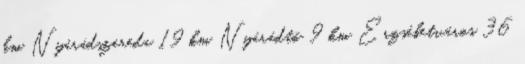
km Nyárádszereda 19 km Nyárádtő 9 km Erzsébetváros 36